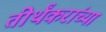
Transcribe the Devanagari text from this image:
तीर्थंकरांच्या